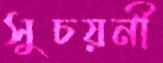
সুচয়নী